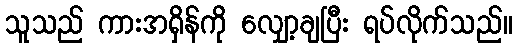
သူသည် ကားအရှိန်ကို လျှော့ချပြီး ရပ်လိုက်သည်။